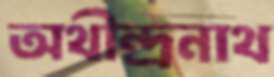
অথীন্দ্রনাথ